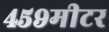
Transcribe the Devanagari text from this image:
४५९मीटर